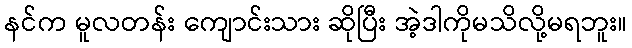
နင်က မူလတန်း ကျောင်းသား ဆိုပြီး အဲ့ဒါကိုမသိလို့မရဘူး။